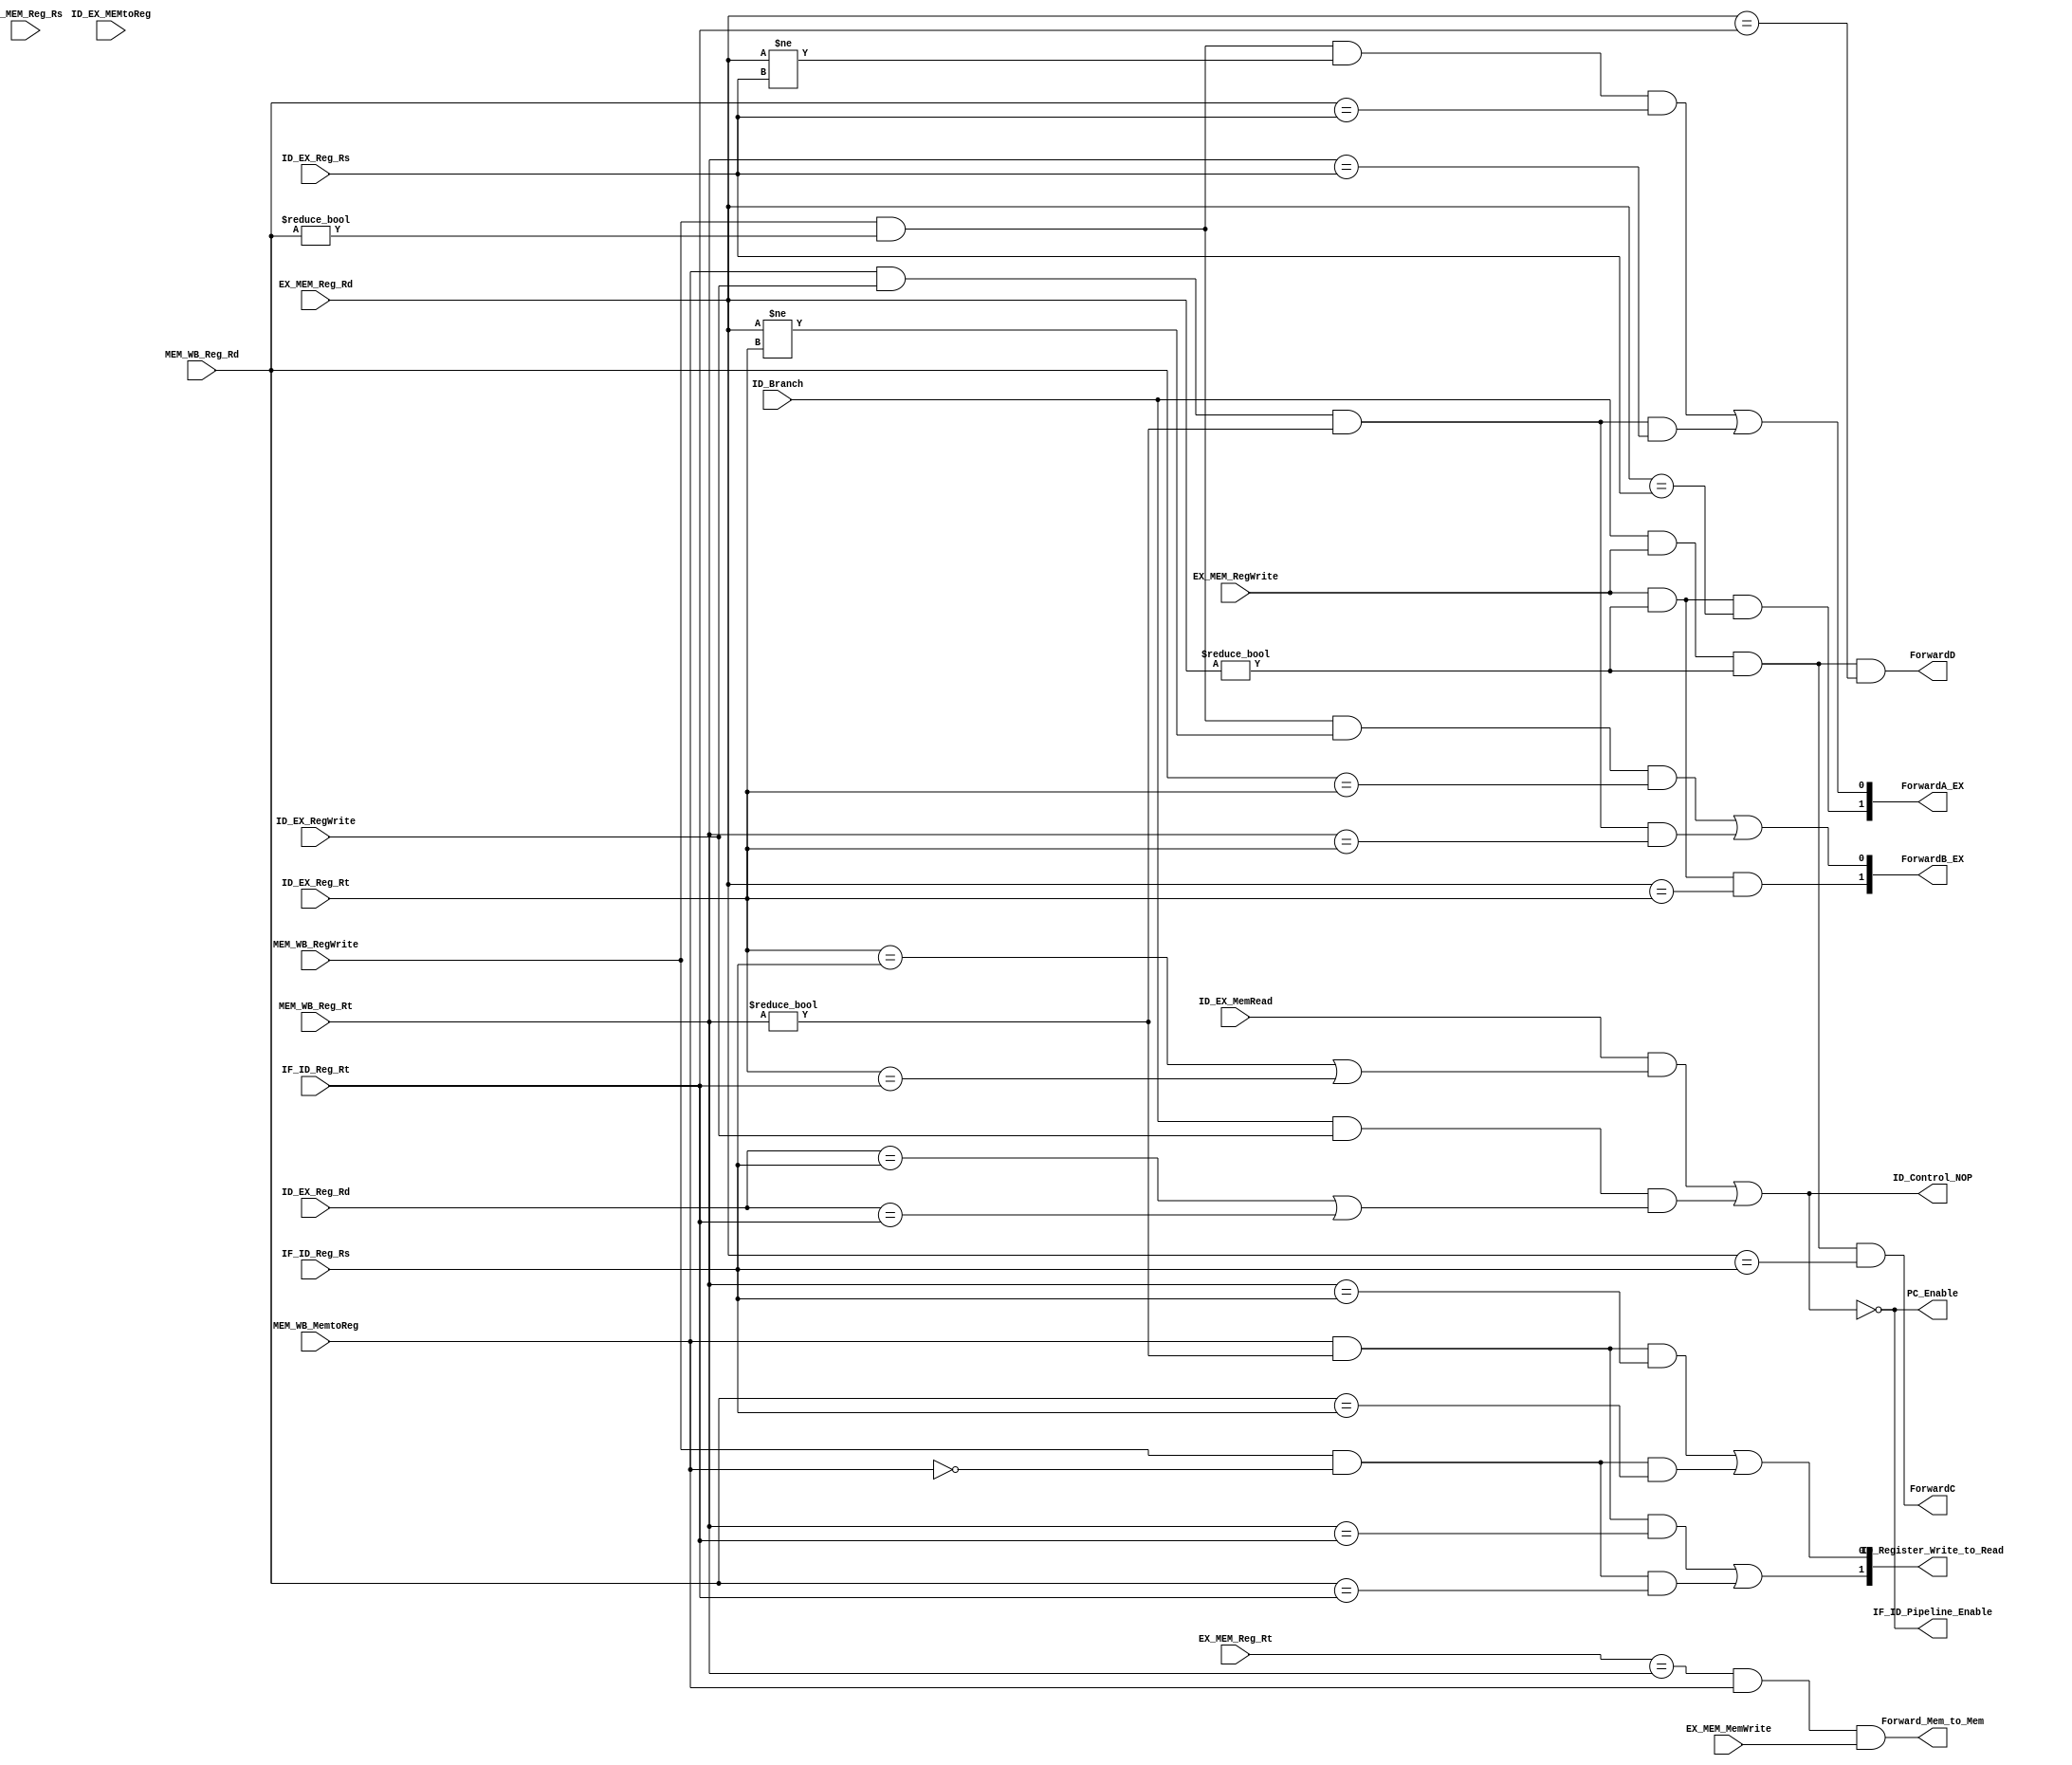
// ForwardA_EX and ForwardB_EX:  handles data hazard, they forwards ALU_Result_MEM to mux before ALU if needed, which controls the data been feed into ALU.
// Forward_Mem_to_Mem			:  handles mem to mem copy hazard, it forwards Read_Data_WB to Write_Data_MUX_MEM if needed, which controls data been written to mem.
// PC_Enable, IF_ID_Pipeline_Enable and ID_Control_NOP:
//											these signals will stall PC and IF/ID pipeline, and simutaneousl force a nop is ID_Control signals
// ID_Register_Write_to_Read  :  handles when the clock delay due to write register is not affordable,
//										   it forwards the Write_Data_WB(data will be writen to register) to Read_Data(read data from register) when needed.
// ForwardC and ForwardD		:  handles brach hazard,
//											it forward ALU_Result_MEM to Read_data from register if needed, choses the data for comparator to generate 'Zero' for BEQ.


module Hazard_Handling_Unit(
	input	[4:0]			IF_ID_Reg_Rs,
	input	[4:0]			IF_ID_Reg_Rt,
	
	input					ID_Branch,
	input					ID_EX_MemRead,
	input					ID_EX_RegWrite,
	input					ID_EX_MEMtoReg,
	input [4:0]			ID_EX_Reg_Rs,
	input [4:0]			ID_EX_Reg_Rt,
	input [4:0]			ID_EX_Reg_Rd,
	
	input 	   		EX_MEM_RegWrite,
	input					EX_MEM_MemWrite,
	input [4:0]			EX_MEM_Reg_Rs,
	input [4:0]	   	EX_MEM_Reg_Rt,
	input [4:0]	   	EX_MEM_Reg_Rd,
	
	input					MEM_WB_MemtoReg,
	input					MEM_WB_RegWrite,
	input [4:0]			MEM_WB_Reg_Rd,
	input [4:0]			MEM_WB_Reg_Rt,
	
	output  [1:0]		ForwardA_EX,
	output  [1:0]		ForwardB_EX,
	output  				Forward_Mem_to_Mem,
	output 				PC_Enable,
	output 				IF_ID_Pipeline_Enable,
	output 				ID_Control_NOP,
	output  [1:0]		ID_Register_Write_to_Read,
	output 				ForwardC,
	output 				ForwardD
  );

				  
// DATA HAZARD
wire Data_Hazard_temp_1;
wire Data_Hazard_temp_2;
wire Data_Hazard_temp_3;	
assign Data_Hazard_temp_1 = ( EX_MEM_RegWrite & (EX_MEM_Reg_Rd != 5'd0) );						  //common logic temp
assign Data_Hazard_temp_2 = ( MEM_WB_RegWrite & (MEM_WB_Reg_Rd != 5'd0) );						  //common logic temp
assign Data_Hazard_temp_3 = ( MEM_WB_MemtoReg & ID_EX_RegWrite & (MEM_WB_Reg_Rt != 5'd0) ); //common logic temp
assign ForwardA_EX = { ( Data_Hazard_temp_1 & (EX_MEM_Reg_Rd == ID_EX_Reg_Rs) ) 	//EX forward
								,( ( Data_Hazard_temp_2 & (EX_MEM_Reg_Rd != ID_EX_Reg_Rs) & (MEM_WB_Reg_Rd == ID_EX_Reg_Rs) ) //MEM forward
									| ( Data_Hazard_temp_3 & (MEM_WB_Reg_Rt == ID_EX_Reg_Rs) )
							)};
assign ForwardB_EX = { ( Data_Hazard_temp_1 & (EX_MEM_Reg_Rd == ID_EX_Reg_Rt) )  //EX forward
								,( ( Data_Hazard_temp_2 & (EX_MEM_Reg_Rd != ID_EX_Reg_Rt) & (MEM_WB_Reg_Rd == ID_EX_Reg_Rt) ) //MEM forward
									| ( Data_Hazard_temp_3 & (MEM_WB_Reg_Rt == ID_EX_Reg_Rt) )
							)};
	
	
// MEM OT MEM COPY
assign Forward_Mem_to_Mem = ( (EX_MEM_Reg_Rt == MEM_WB_Reg_Rt) & MEM_WB_MemtoReg & EX_MEM_MemWrite );
	
	
// LOAD-USE DATA HAZARD
assign PC_Enable = !( (ID_EX_MemRead & ( (ID_EX_Reg_Rt == IF_ID_Reg_Rs) | (ID_EX_Reg_Rt == IF_ID_Reg_Rt) ))
								| ( ID_Branch & ID_EX_RegWrite & ((ID_EX_Reg_Rd == IF_ID_Reg_Rs)|(ID_EX_Reg_Rd == IF_ID_Reg_Rt)) ) );
assign IF_ID_Pipeline_Enable = PC_Enable;
assign ID_Control_NOP = !PC_Enable;

wire Load_use_temp_1;
wire Load_use_temp_2;
assign Load_use_temp_1 = ( MEM_WB_MemtoReg & (MEM_WB_Reg_Rt != 5'd0) ); //common logic temp
assign Load_use_temp_2 = ( MEM_WB_RegWrite & !MEM_WB_MemtoReg );			//common logic temp

assign ID_Register_Write_to_Read = {( (Load_use_temp_1 & (MEM_WB_Reg_Rt == IF_ID_Reg_Rt)) | (Load_use_temp_2 & (MEM_WB_Reg_Rd == IF_ID_Reg_Rt)) )
												,( (Load_use_temp_1 & (MEM_WB_Reg_Rt == IF_ID_Reg_Rs)) | (Load_use_temp_2 & (MEM_WB_Reg_Rd == IF_ID_Reg_Rs)) )};
	
	
// BRANCH HAZARD
assign ForwardC = ( ID_Branch & EX_MEM_RegWrite & (EX_MEM_Reg_Rd != 5'd0) & (EX_MEM_Reg_Rd == IF_ID_Reg_Rs) );
assign ForwardD = ( ID_Branch & EX_MEM_RegWrite & (EX_MEM_Reg_Rd != 5'd0) & (EX_MEM_Reg_Rd == IF_ID_Reg_Rt) );
	
endmodule // Hazard_Handling_Unit